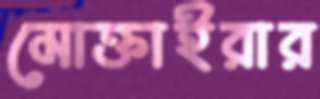
মোক্তাইরার